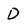
Character: D